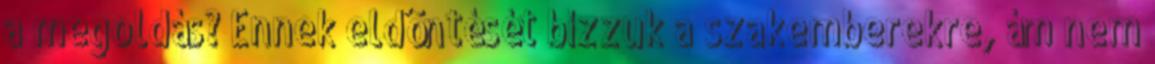
a megoldás? Ennek eldöntését bízzuk a szakemberekre, ám nem